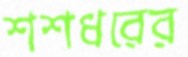
শশধরের